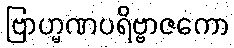
ဗြာဟ္မဏပရိဗ္ဗာဇကော